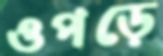
ওপড়ে